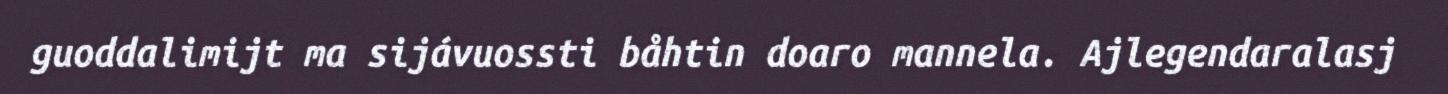
guoddalimijt ma sijávuossti båhtin doaro mannela. Ajlegendaralasj